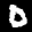
Digit: 0